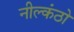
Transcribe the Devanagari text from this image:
नील्कंठो